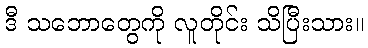
ဒီ သဘောတွေကို လူတိုင်း သိပြီးသား။